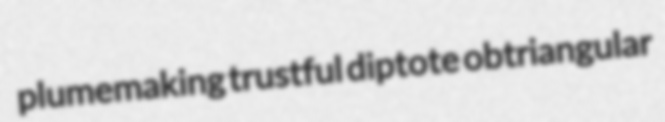
plumemaking trustful diptote obtriangular